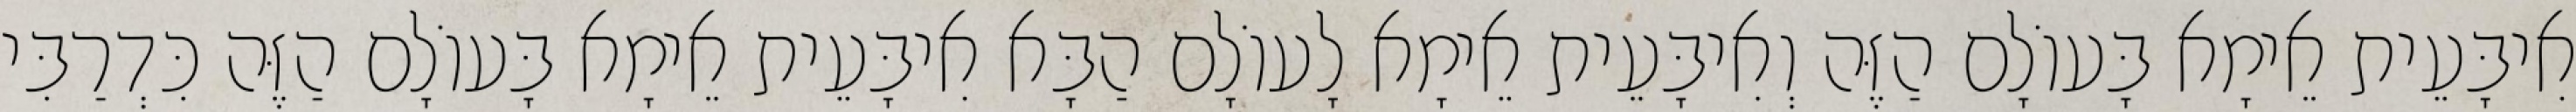
אִיבָּעֵית אֵימָא בָּעוֹלָם הַזֶּה וְאִיבָּעֵית אֵימָא לָעוֹלָם הַבָּא אִיבָּעֵית אֵימָא בָּעוֹלָם הַזֶּה כִּדְרַבִּי